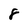
Character: 8